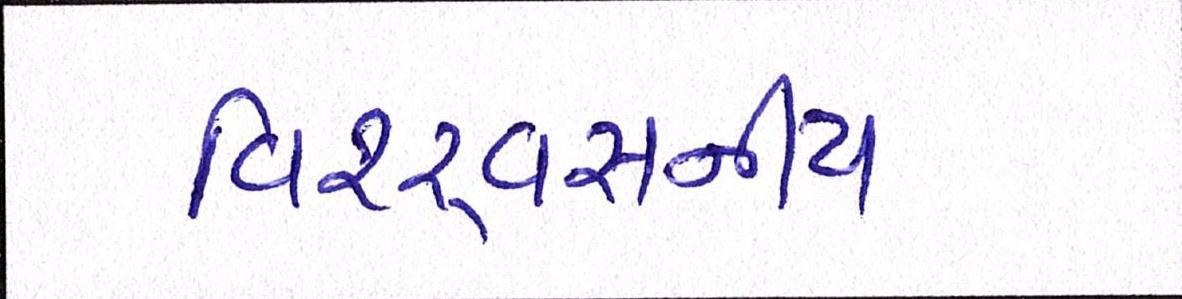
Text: વિશ્ર્વસનીય